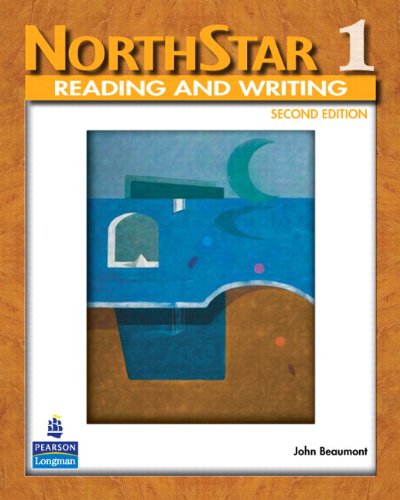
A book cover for NorthStar: Reading and Writing, Level 1; John Beaumont; Test Preparation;